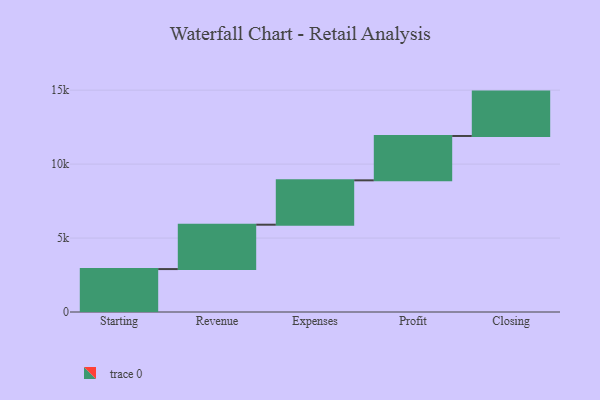
{"axis": {"x": "Step", "y": "Value"}, "legend": [""], "data": [{"x": "Starting", "y": 2903.0, "type": ""}, {"x": "Revenue", "y": 3000, "type": ""}, {"x": "Expenses", "y": 3000, "type": ""}, {"x": "Profit", "y": 3000, "type": ""}, {"x": "Closing", "y": 3000, "type": ""}]}